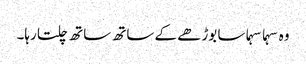
وہ سہما سہما سا بوڑھے کے ساتھ ساتھ چلتا رہا۔